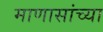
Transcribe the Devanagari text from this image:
माणासांच्या